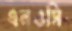
এনওসি